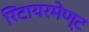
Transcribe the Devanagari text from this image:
रिटायरमेण्ट